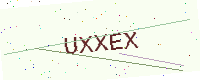
Text: UXXEX